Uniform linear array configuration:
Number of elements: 8
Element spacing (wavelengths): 1
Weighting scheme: hann
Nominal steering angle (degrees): -15
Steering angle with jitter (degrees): -13.377
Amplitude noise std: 0.05
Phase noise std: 0.05

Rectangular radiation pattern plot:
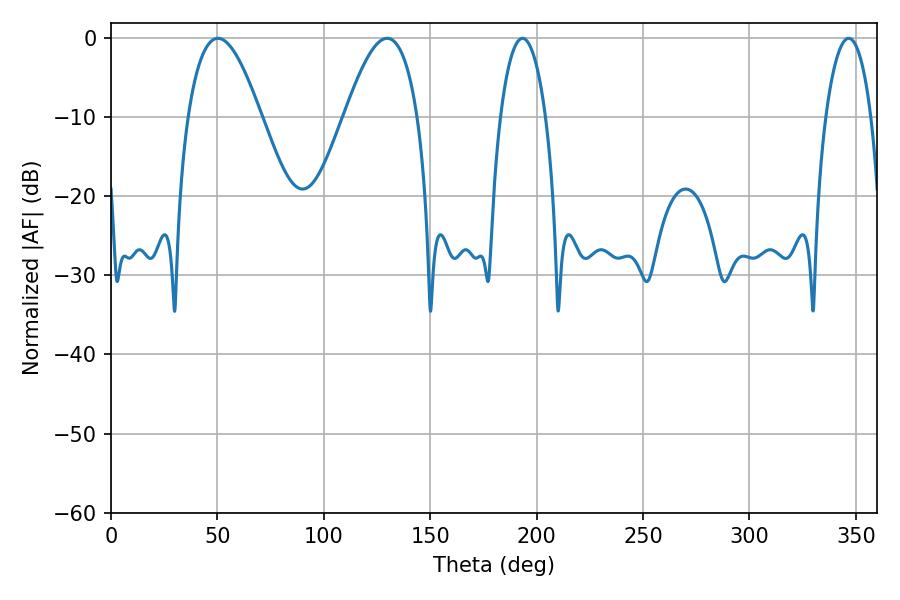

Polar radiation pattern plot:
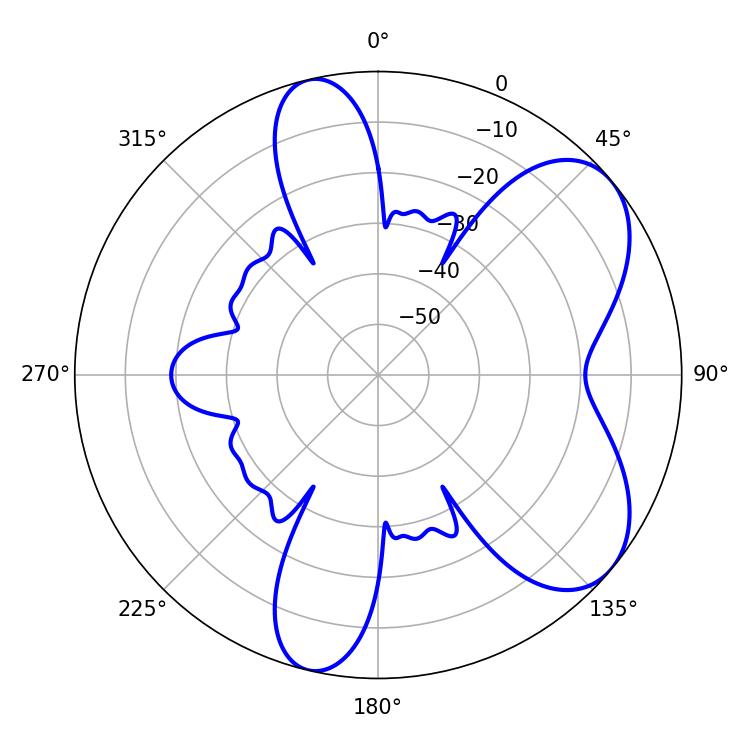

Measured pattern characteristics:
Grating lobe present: TRUE
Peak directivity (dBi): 6.461
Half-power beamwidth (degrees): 18.54
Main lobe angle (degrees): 50.22